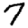
Digit: 7